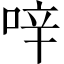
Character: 㖕